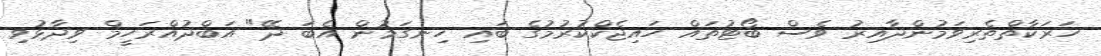
ހަރަކާތްތެރިވަމުންދާއިރު ވެސް ބޯޓުތައް ހައިޖެކްކުރުމުގެ ބައި ހިނގަމުން އެބަ ދޭ" އަބްދުއްރަހީމް ވިދާޅުވި